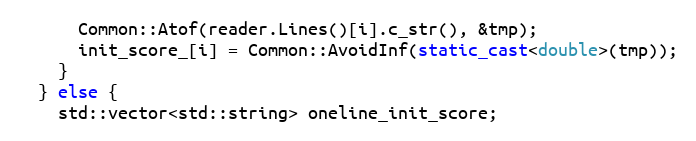
Language: C++
      Common::Atof(reader.Lines()[i].c_str(), &tmp);
      init_score_[i] = Common::AvoidInf(static_cast<double>(tmp));
    }
  } else {
    std::vector<std::string> oneline_init_score;